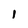
Character: 1